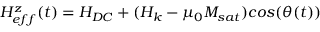
H _ { e f f } ^ { z } ( t ) = H _ { D C } + ( H _ { k } - \mu _ { 0 } M _ { s a t } ) c o s ( \theta ( t ) )